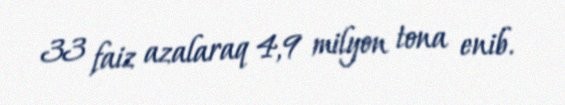
33 faiz azalaraq 4,9 milyon tona enib.